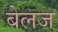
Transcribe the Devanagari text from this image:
बेलज